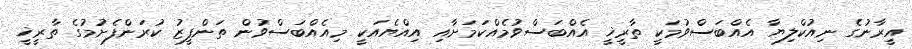
އީރާނުގެ ނިއުކްލިޔާ އެއްބަސްވުމަކީ ތާރީޚީ އެއްބަސްވުމެއްކަމަށާއި އިއްޔެއަކީ މިއެއްބަސްވުން ތަންފީޒު ކުރަންފެށުމުގެ ތާރީޚީ